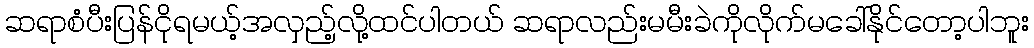
ဆရာစံပီးပြန်ငိုရမယ့်အလှည့်လို့ထင်ပါတယ် ဆရာလည်းမမီးခဲကိုလိုက်မခေါ်နိုင်တော့ပါဘူး